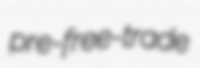
pre-free-trade